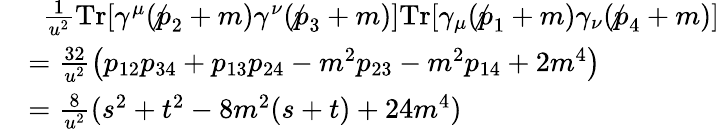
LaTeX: {\begin{array}{rl}&{~~{\frac{1}{u^{2}}}\mathrm{Tr}[\gamma^{\mu}(\not p_{2}+m)\gamma^{\nu}(\not p_{3}+m)]\mathrm{Tr}[\gamma_{\mu}(\not p_{1}+m)\gamma_{\nu}(\not p_{4}+m)]}\\ &{={\frac{32}{u^{2}}}{\big(}p_{12}p_{34}+p_{13}p_{24}-m^{2}p_{23}-m^{2}p_{14}+2m^{4}{\big)}}\\ &{={\frac{8}{u^{2}}}(s^{2}+t^{2}-8m^{2}(s+t)+24m^{4})}\end{array}}